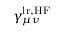
\gamma _ { \mu \nu } ^ { \mathrm { l r , H F } }